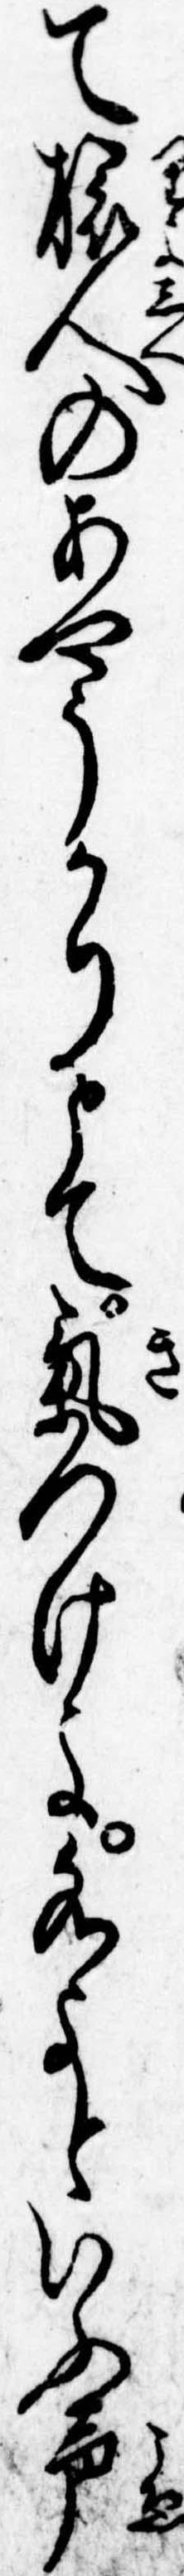
て旅人のあやうかりとて気つけよ水よといふ声